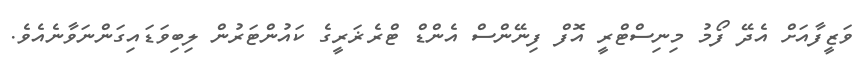
ވަޒީފާއަށް އެދޭ ފޯމު މިނިސްޓްރީ އޮފް ފިނޭންސް އެންޑް ޓްރެޜަރީގެ ކައުންޓަރުން ލިބިވަޑައިގަންނަވާނެއެވެ.